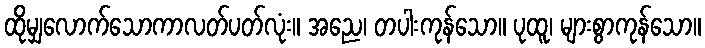
ထိုမျှလောက်သောကာလတ်ပတ်လုံး။ အညေ၊ တပါးကုန်သော။ ပုထူ၊ များစွာကုန်သော။